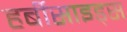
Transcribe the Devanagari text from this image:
हर्बीसाइड्स